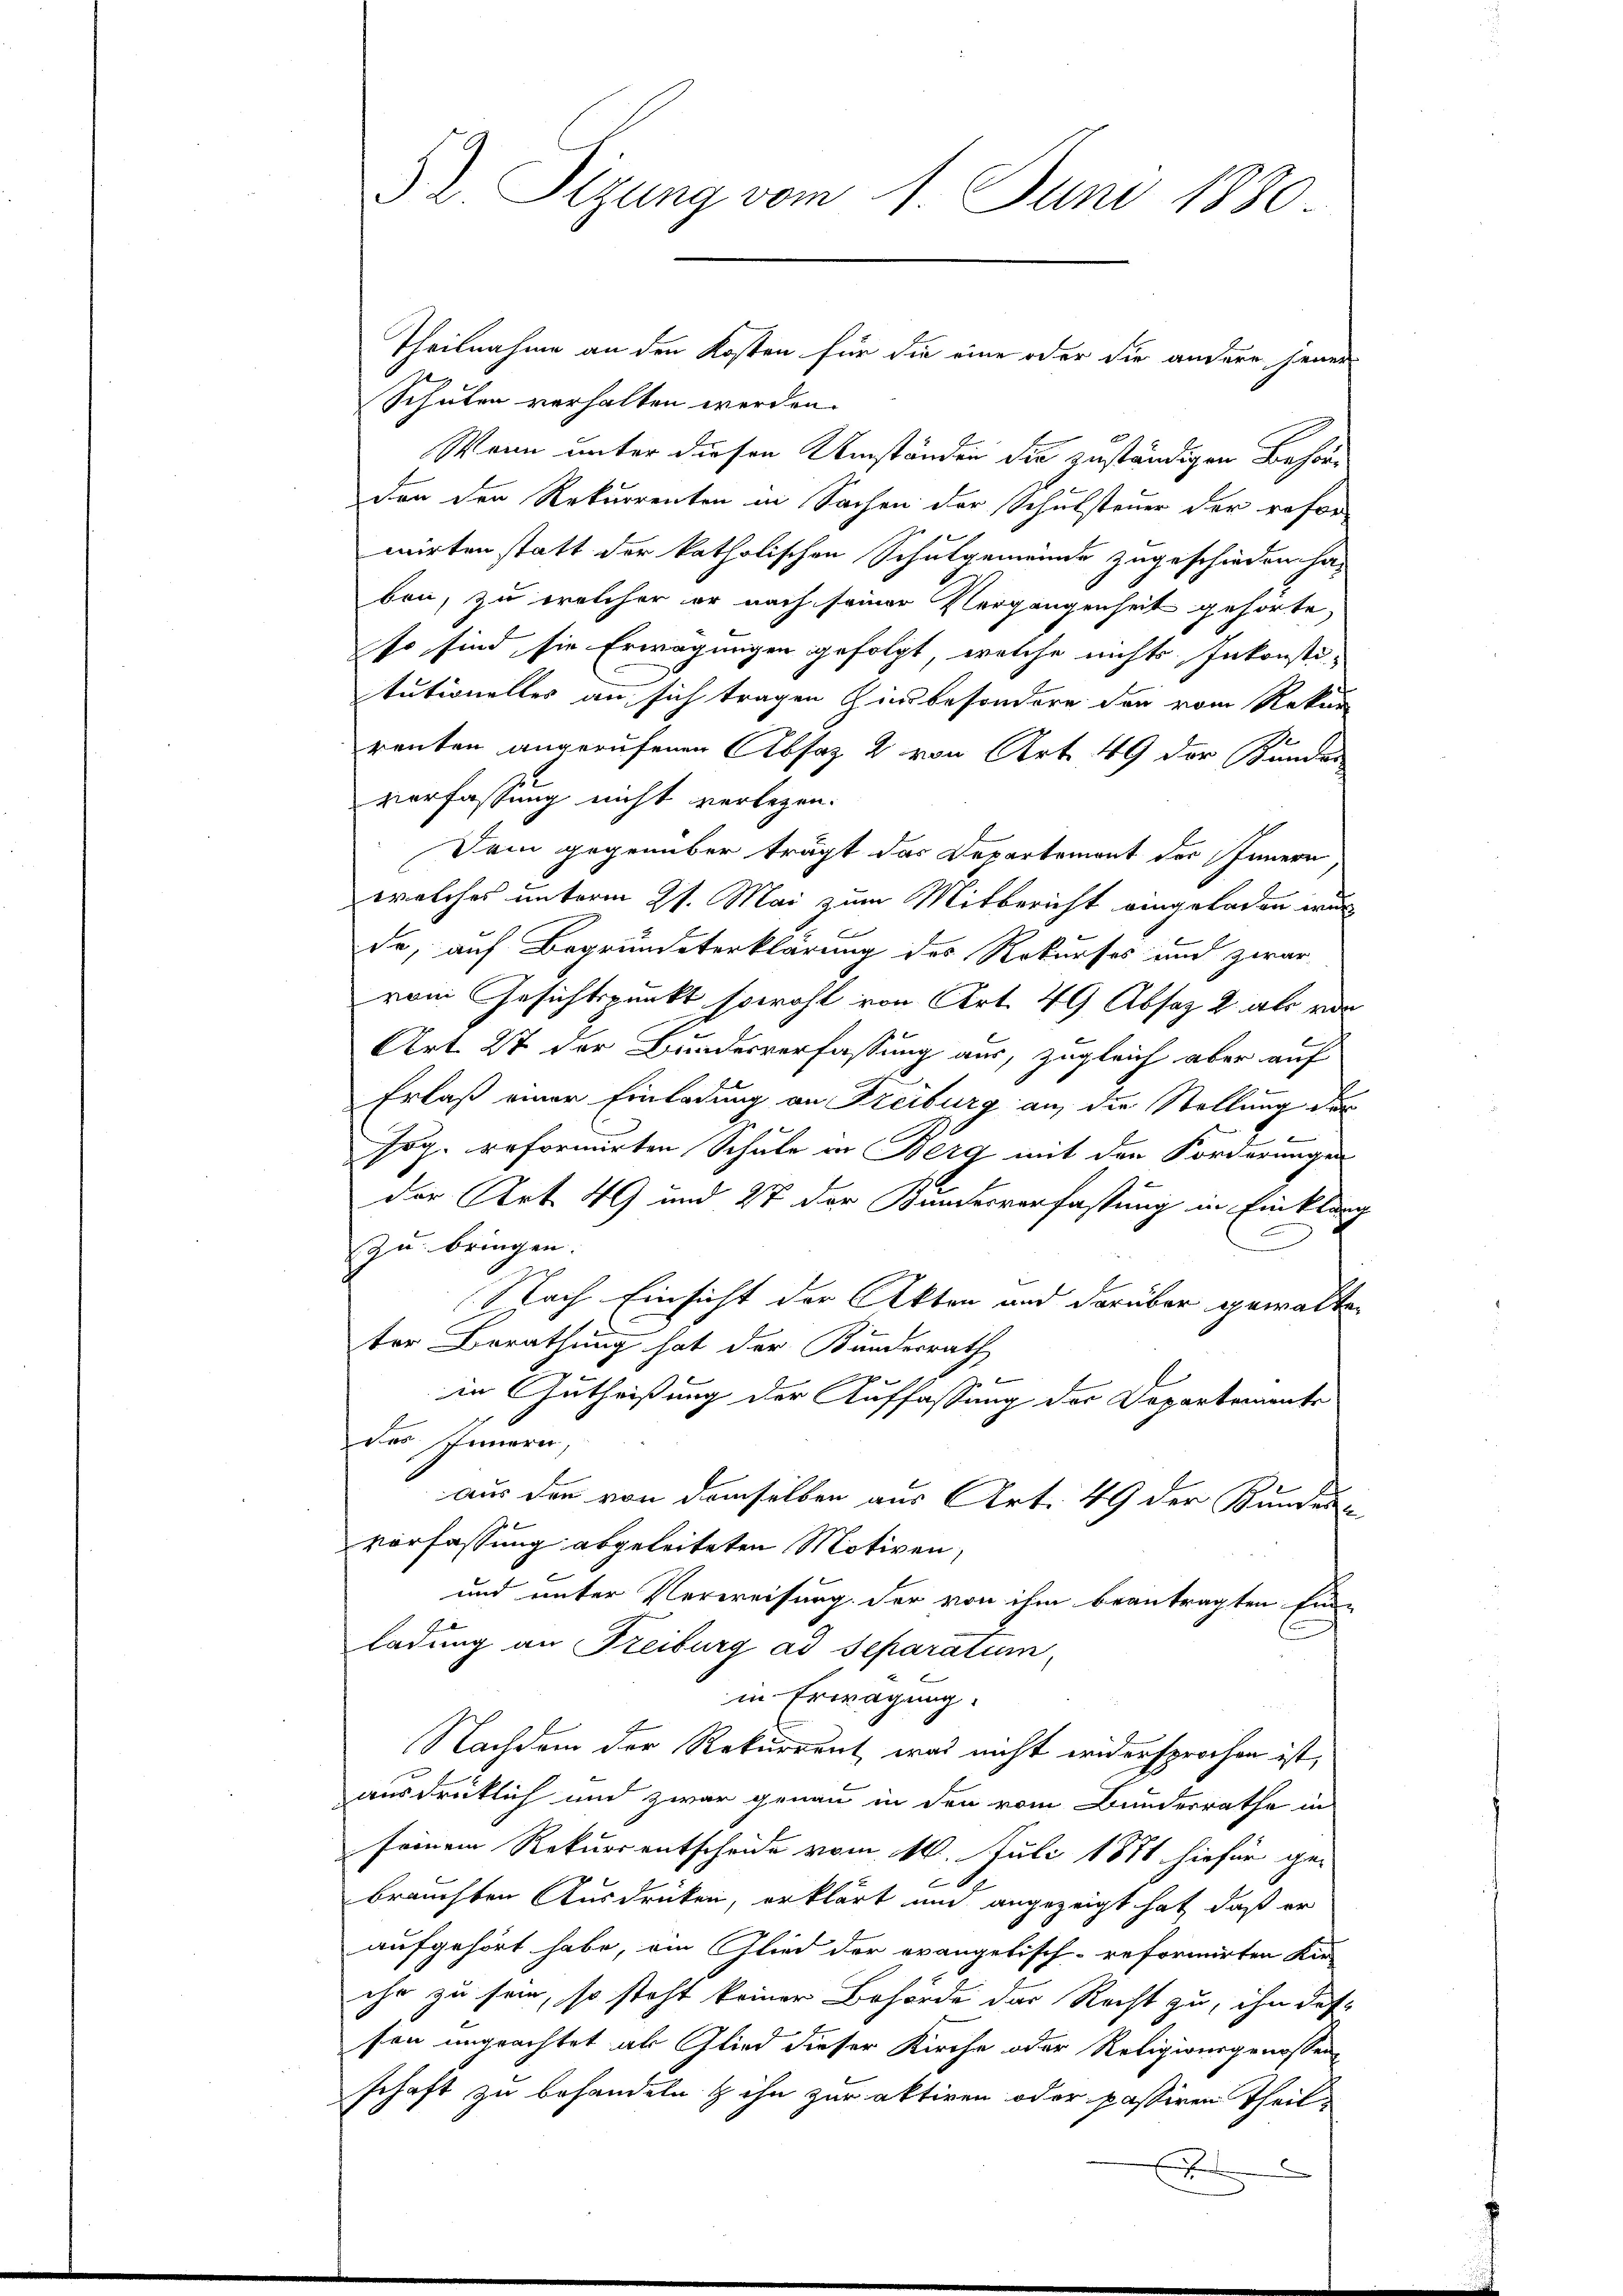
52 Sizung vom 1. Juni 1880.

Theilnahme an den Kosten für die eine oder die andere jener
Schulen verhalten werden.
Wenn unter diesen Umständen die zuständigen Behörden den Rekurrenten in Sachen der Schulsteuer der refor
mirten statt der katholischen Schulgemeinde zugeschieden habon, zu welcher er nach seiner Vergangenheit gehörte,
so sind, sie Erwägungen gefolgt, welche nichts Inkonsti-
tutionelles an sich tragen Zinsbesondere der vom Rekur
renten angerufenen Absatz 2 von Art. 49 der Bundes
verfassung nicht verlegen.
Dem gegenüber trägt das Departemont des Innern
welches unterm 21. Mai zum Mitbericht eingeladen wurde, auf Begründeterklärung des Rekurses und zwar
vom Gesichtspunkt sowohl von Art. 49 Absatz 2 als von
Art. 27 der Bundesverfassung aus, zugleich aber auf
Erlaß einer Einladung an Freiburg an die Stellung der
Bar
sog. reformirten Schule in Berg mit den Forderungen
der Art. 49 und 27 der Bundesverfassung in Einklang
zu bringen.
Nach Einsicht der Akten und darüber gewalten
ter Berathung hat der Bundesrath
P
in Gutheißung der Auffassung der Departements
der Innern.
aus den von demselben aus Art. 49 der Bundesvorfassung abgeleiteten Motiven.
und unter Verweisung der von ihm beantragten Ein-
ladung an Freiburg ad Separatum,
in Erwägung.
Nachdem der Rekurrent, was nicht widersprochen ist,
ausdrücklich und zwar genau in den vom Bunderrathe in
seinem Rekurrentscheide vom M. Juli 1871 hiefür ge-
brauchten Ausdrücken, erklärt und angezeigt hat, daß er
aufgehört habe, ein Glied der evangetisch-reformirten Kirihr zu sein, so steht keiner Behörde der Recht zu, ihn des-
son ungeachtet als Glied dieser Kirche oder Religionsgenossen
schaft zu behandeln & ihn zur aktiven oder passiren Theile
2